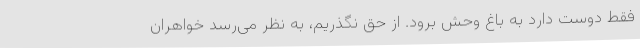
فقط دوست دارد به باغ وحش برود. از حق نگذریم، به نظر می‌رسد خواهران